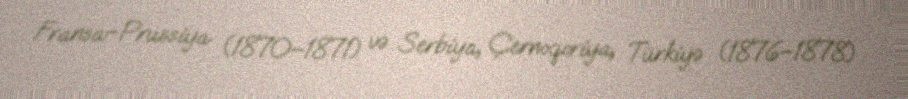
Fransa–Prussiya (1870–1871) və Serbiya, Çernoqoriya, Türkiyə (1876–1878)